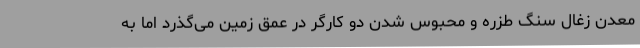
معدن زغال سنگ طزره و محبوس شدن دو کارگر در عمق زمین می‌گذرد اما به